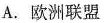
A.欧洲联盟